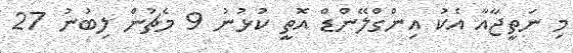
މި ނަތީޖާއާ އެކު އިންގްލޭންޑް އޮތީ ކުޅުނު 9 މެޗުން ލިބުނު 27